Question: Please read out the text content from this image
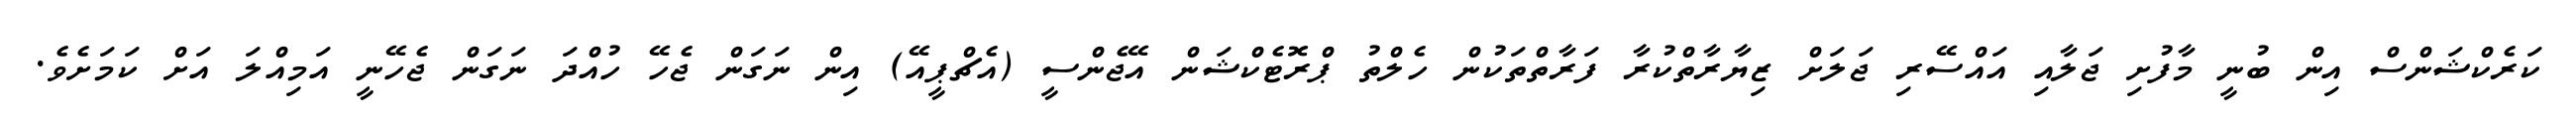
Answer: ކަރެކްޝަންސް އިން ބުނީ މާފުށި ޖަލާއި އައްސޭރި ޖަލަށް ޒިޔާރާތްކުރާ ފަރާތްތަކުން ހެލްތު ޕްރޮޓެކްޝަން އޭޖެންސީ (އެޗްޕީއޭ) އިން ނަގަން ޖެހޭ ހުއްދަ ނަގަން ޖެހޭނީ އަމިއްލަ އަށް ކަމަށެވެ.